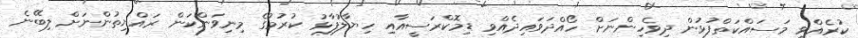
ކުރެއްވި މަސައްކަތްފުޅުން ދިވެހިންނަށް ހޯއްދަވައިދެއްވި ޑިމޮކްރަސީއާއި ހިޔާލުފާޅު ކުރުމުގެ މިނިވަންކަން ރައްޔިތުންނަށް ލިބޭނެ